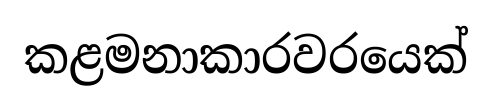
කළමනාකාරවරයෙක්